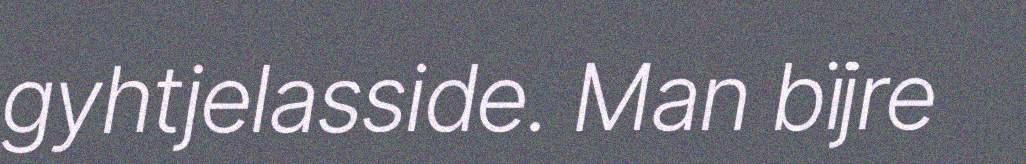
gyhtjelasside. Man bïjre